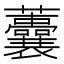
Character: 𧅺